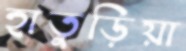
হাতুড়িয়া